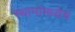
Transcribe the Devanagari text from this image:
स्थानांमध्येच